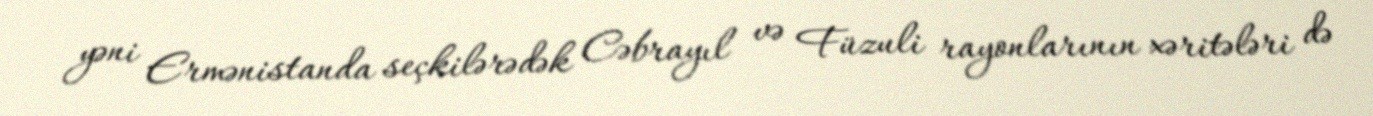
yəni Ermənistanda seçkilərədək Cəbrayıl və Füzuli rayonlarının xəritələri də